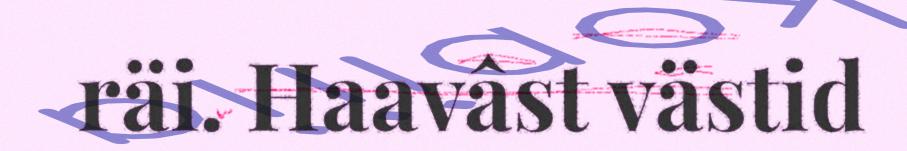
räi. Haavâst västid